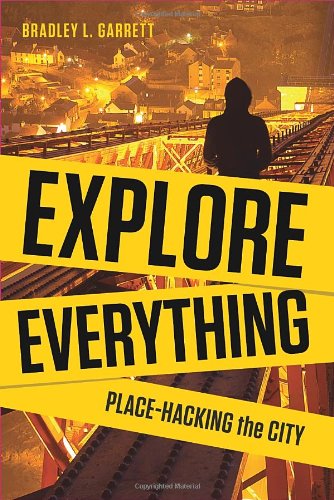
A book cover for Explore Everything: Place-Hacking the City; Bradley Garrett; Arts & Photography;